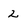
Character: 2